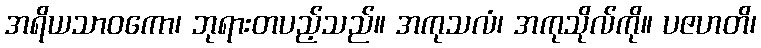
အရိယသာဝကော၊ ဘုရားတပည့်သည်။ အကုသလံ၊ အကုသိုလ်ကို။ ပဇဟတိ၊